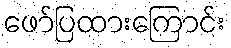
ဖော်ပြထားကြောင်း